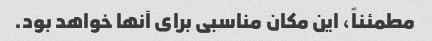
مطمئناً، این مکان مناسبی برای آنها خواهد بود.